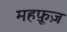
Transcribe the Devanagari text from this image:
महफ़ूज़